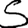
Digit: 5